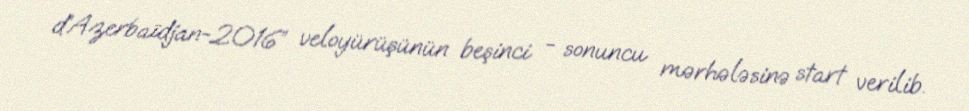
d’Azerbaïdjan-2016” veloyürüşünün beşinci - sonuncu mərhələsinə start verilib.